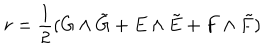
LaTeX: r = { \frac { 1 } { 2 } } ( G \wedge \tilde { G } + E \wedge \tilde { E } + F \wedge \tilde { F } )